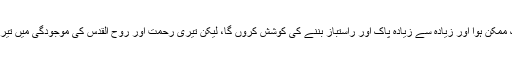
میں یہ اقرار کرتا ہوں کہ میں جہاں تک ممکن ہوا اور زیادہ سے زیادہ پاک اور راستباز بننے کی کوشش کروں گا، لیکن تیری رحمت اور روح القدس کی موجودگی میں تیری قوت کے بغیر میں ناکام ہو جاؤں گا۔